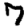
Digit: 7